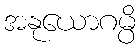
အနုယောဂမ္ပိ